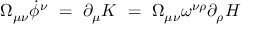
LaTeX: \Omega _ { \mu \nu } \dot { \phi } ^ { \nu } ~ = ~ \partial _ { \mu } K ~ = ~ \Omega _ { \mu \nu } \omega ^ { \nu \rho } \partial _ { \rho } H